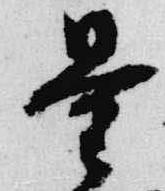
量